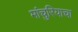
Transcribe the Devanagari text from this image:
मांचुरियाचा